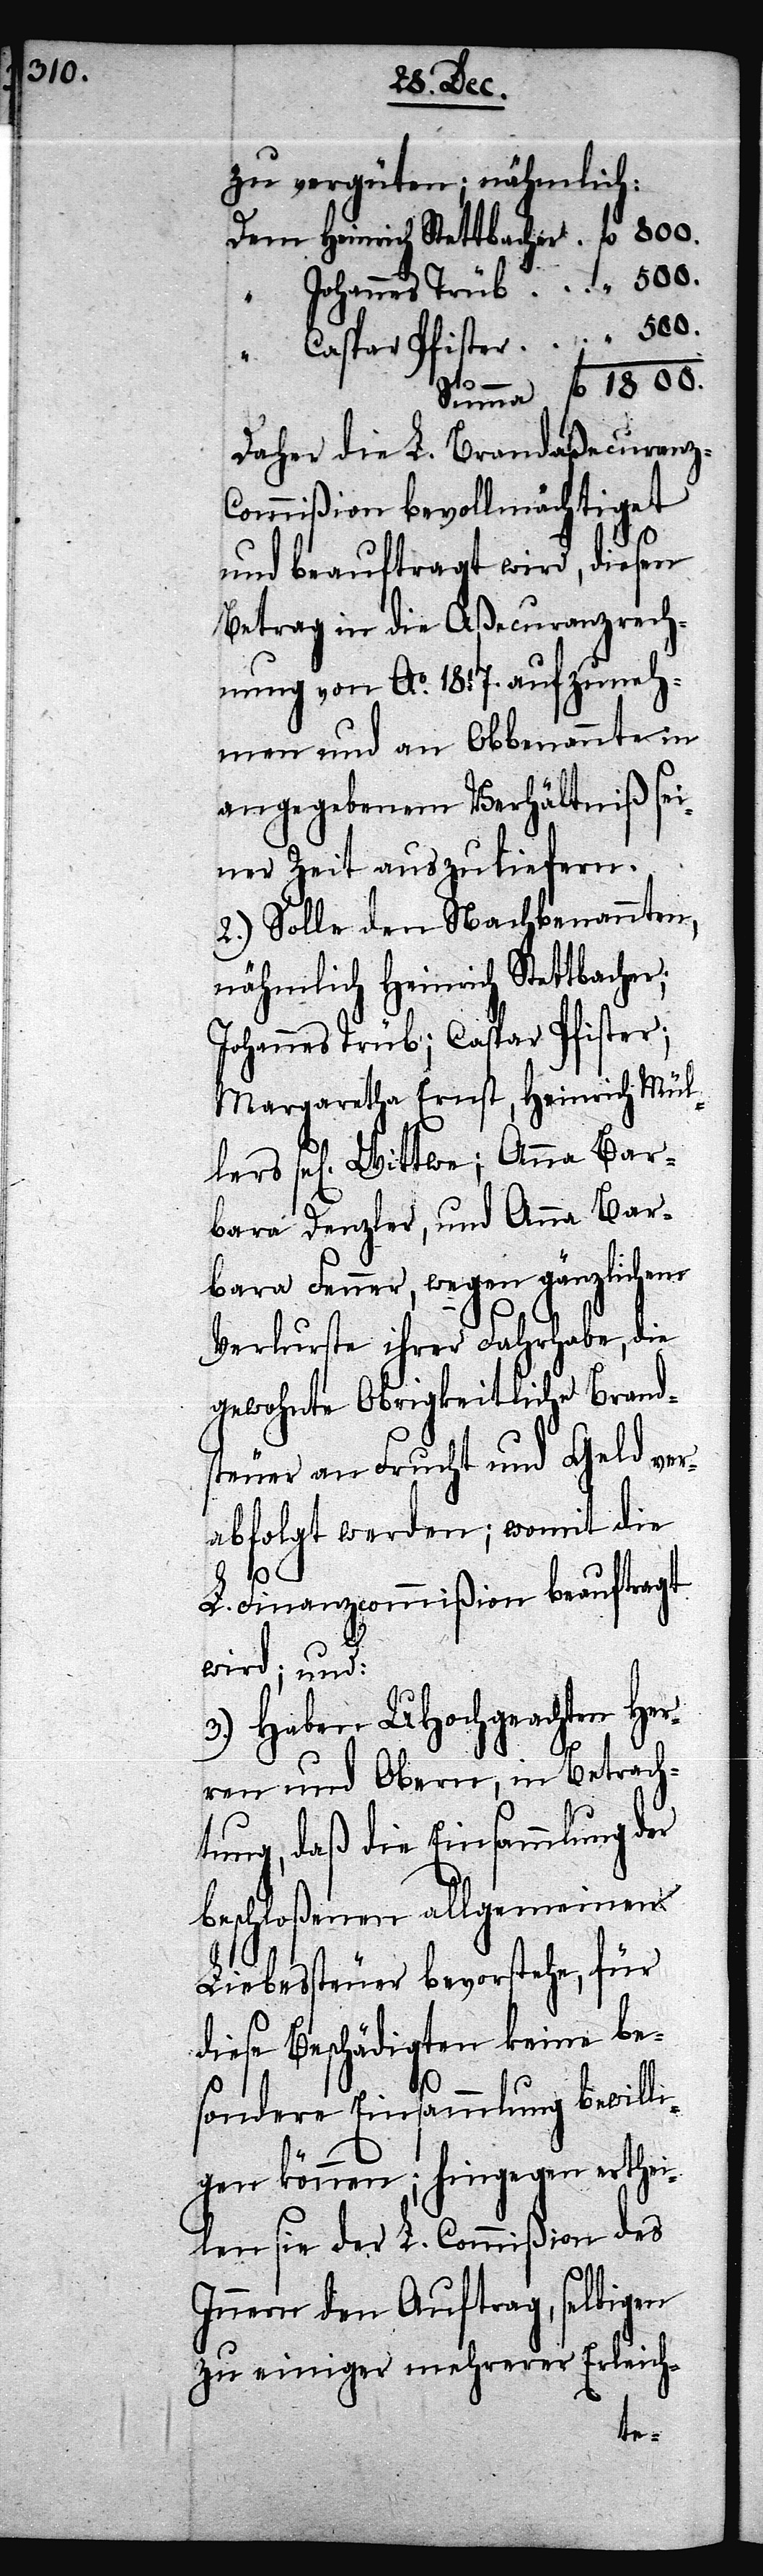
500.

zu vergüten; nähmlich:
Daher die L. Brandaßecuran¬
z-Commißion bevollmächtiget
und beauftragt wird, diesen
Betrag in die Aßecuranzrech¬
nung von Ao. 1817. aufzuneh¬
men und an Obbenannte in
angegebenem Verhältniß sei¬
ner Zeit auszuliefern.
2.) Solle den Nachbenannten,
nähmlich Heinrich Stettbacher;
Johannes Trüb; Caspar Pfister;
Margaretha Ernst, Heinrich Mül¬
sel[igen] Wittwe; Anna Bar¬
bara Denzler, und Anna Bar¬
bara Fenner, wegen gänzlichem
Verlurste ihrer Fahrhabe, die
gewohnte Obrigkeitliche Brand¬
steuer an Frucht und Geld ver¬
abfolgt werden; womit die
1800.
L. Finanzcommißion beauftragt
wird; und:
3.) Haben UHochgeachten HH¬
ren und Obern, in Betrach¬
tung, daß die Einsammlung der
beschoßenen allgemeinen
Liebessteuer bevorstehe, für
diese Beschädigten keine be¬
sondere Einsammlung bewill¬
igen können; hingegen erthei¬
len sie der L. Commißion des
Innern den Auftrag, selbigen
zu einiger mehrerer Erleich-
er¬